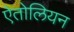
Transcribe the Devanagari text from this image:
ऐतोलियन